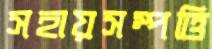
সহায়সম্পত্তি